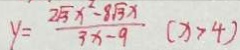
y = \frac { 2 \sqrt { 3 } x ^ { 2 } - 8 \sqrt { 3 } x } { 3 x - 9 } ( x > 4 )